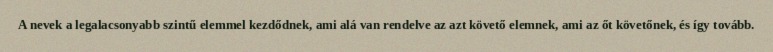
A nevek a legalacsonyabb szintű elemmel kezdődnek, ami alá van rendelve az azt követő elemnek, ami az őt követőnek, és így tovább.